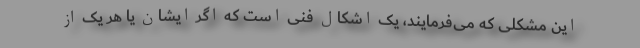
این مشکلی که می‌فرمایند، یک اشکال فنی است که اگر ایشان یا هر یک از